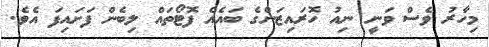
މިހާރު ވެސް ވަނީ ނިއު ހޮރައިޒަންގެ ބައެއް ފޮޓޯތައް ލިބެން ފަށައިފަ އެވެ.